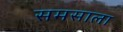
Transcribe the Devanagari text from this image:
समसाला